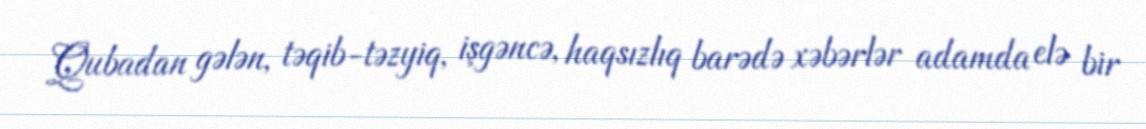
Qubadan gələn, təqib-təzyiq, işgəncə, haqsızlıq barədə xəbərlər adamda elə bir